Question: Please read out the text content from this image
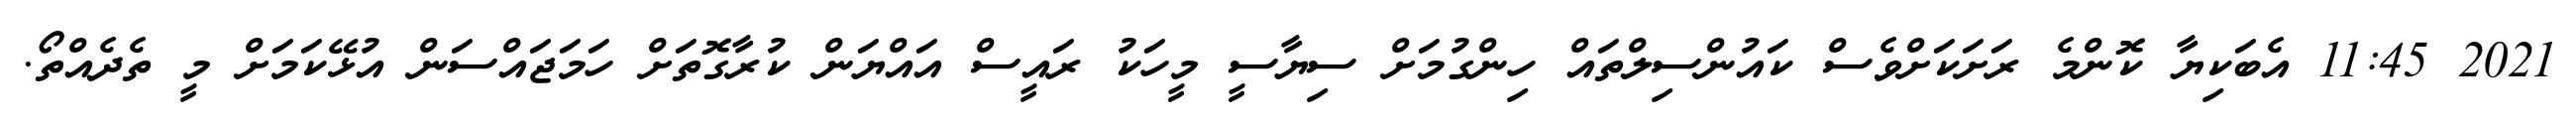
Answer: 2021 11:45 އެބަކިޔާ ކޮންމެ ރަށަކަށްވެސް ކައުންސިލްތައް ހިންގުމަށް ސިޔާސީ މީހަކު ރައީސް އައްޔަން ކުރާގޮތަށް ހަމަޖައްސަން އުޅޭކަމަށް މީ ތެދެއްތޯ.